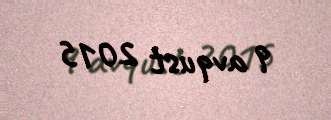
9 avqust 2015